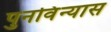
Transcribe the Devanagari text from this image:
पुनविंन्यास